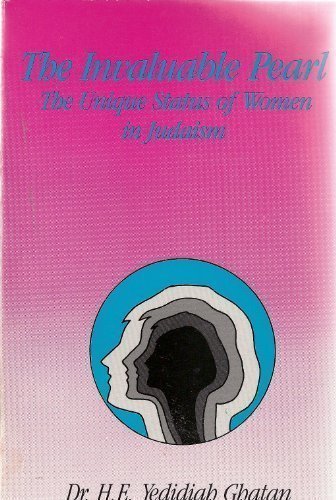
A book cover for The Invaluable Pearl: The Unique Status of Women in Judaism; H. E. Yedidiah Ghatan; Religion & Spirituality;